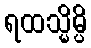
ရထသ္မိမ္ပိ